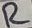
Text: R